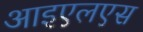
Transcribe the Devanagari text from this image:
आइएलएस